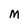
Character: M